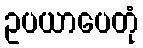
ဥပယာပေတုံ